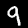
Label: 9